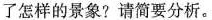
怎样的景象?请简要分析。